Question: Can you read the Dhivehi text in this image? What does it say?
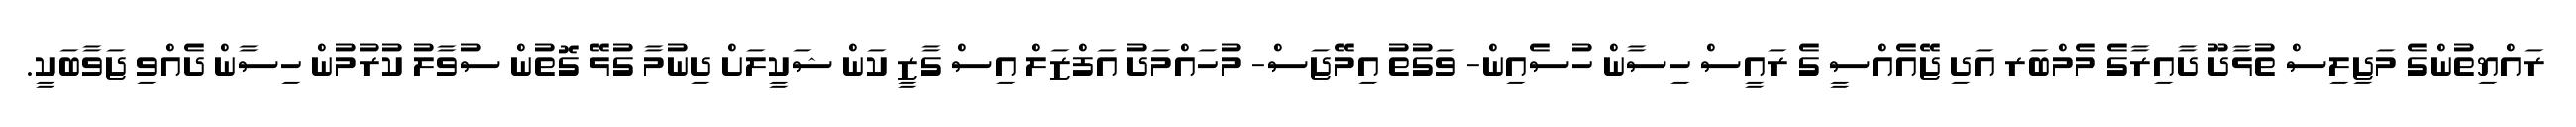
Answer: ރައްޔިތުންގެ މަޖިލިސް ތުޅާދޫ ދާއިރާގެ މެމްބަރ އަދި ޖޭއެއްސީ ގެ ރައީސް ހިސާން ހުސެއިން- ވަގުތު އިމޭޖަސް- މުހައްމަދު އަފްޒަލް އިސް ގާޒީ ކަން ޝަކީލަށް ދިނުމާ ގުޅޭ ގޮތުން ސުވާލު ކުރުމުން ހިސާން ދެއްވި ޖަވާބަކީ.